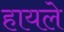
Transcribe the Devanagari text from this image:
हायले